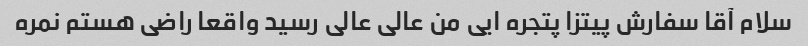
سلام آقا سفارش پیتزا پتجره ایی من عالی عالی رسید واقعا راضی هستم نمره